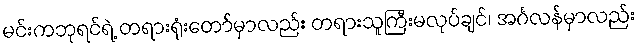
မင်းကဘုရင်ရဲ့ တရားရုံးတော်မှာလည်း တရားသူကြီးမလုပ်ချင်၊ အင်္ဂလန်မှာလည်း